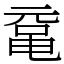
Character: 鼋